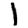
Digit: 1